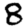
Digit: 8